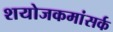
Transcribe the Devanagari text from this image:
शयोजकमांसर्क